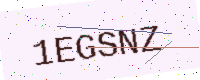
Text: 1EGSNZ